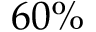
6 0 \%